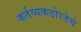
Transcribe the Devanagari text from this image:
कर्तव्यकठोरतेचे